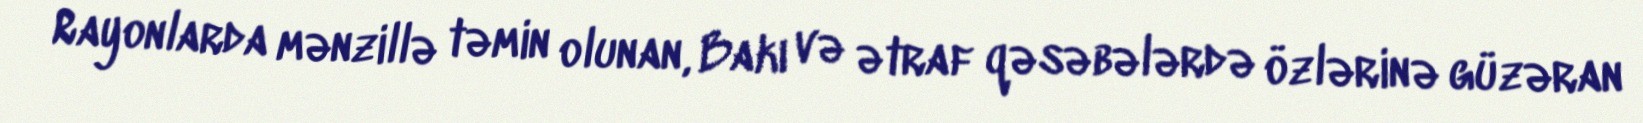
Rayonlarda mənzillə təmin olunan, Bakı və ətraf qəsəbələrdə özlərinə güzəran